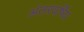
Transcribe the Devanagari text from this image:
अंतरवर्षिय